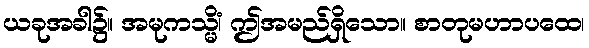
ယခုအခါ၌။ အမုကသ္မိံ၊ ဤအမည်ရှိသော။ စာတုမဟာပထေ၊